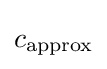
c_{\text{approx}}